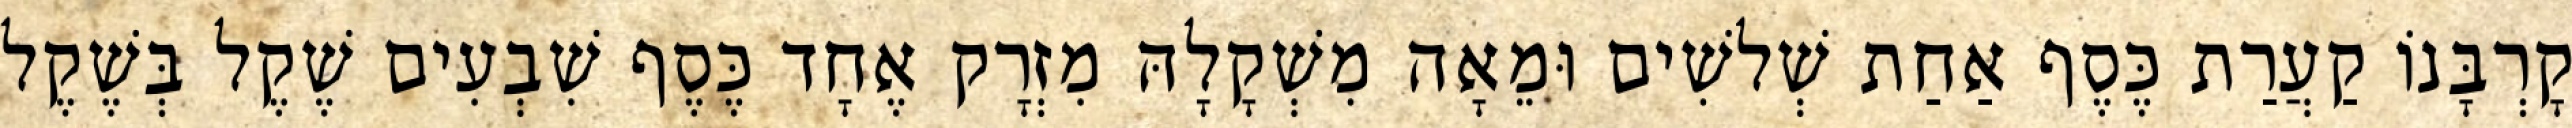
קָרְבָּנוֹ קַעֲרַת כֶּסֶף אַחַת שְׁלשִׁים וּמֵאָה מִשְׁקָלָהּ מִזְרָק אֶחָד כֶּסֶף שִׁבְעִים שֶׁקֶל בְּשֶׁקֶל